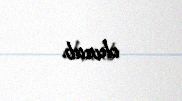
olunub.